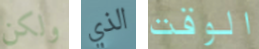
ولكن الذي الوقت